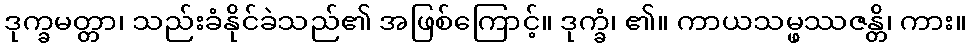
ဒုက္ခမတ္တာ၊ သည်းခံနိုင်ခဲသည်၏ အဖြစ်ကြောင့်။ ဒုက္ခံ၊ ၏။ ကာယသမ္ဖဿဇန္တိ၊ ကား။